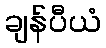
ချန်ပီယံ